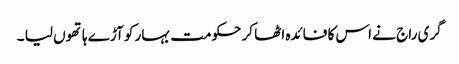
گری راج نے اس کا فائدہ اٹھا کر حکومت بہار کو آڑے ہاتھوں لیا ۔